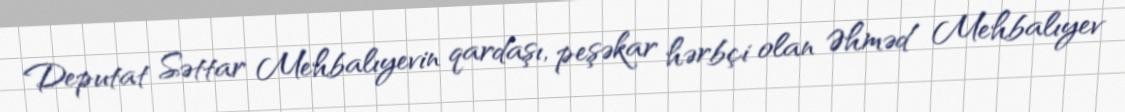
Deputat Səttar Mehbalıyevin qardaşı, peşəkar hərbçi olan Əhməd Mehbalıyev